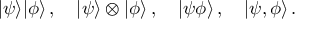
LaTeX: | \psi \rangle | \phi \rangle \, , \quad | \psi \rangle \otimes | \phi \rangle \, , \quad | \psi \phi \rangle \, , \quad | \psi , \phi \rangle \, .